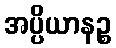
အပ္ပိယာနဉ္စ